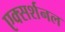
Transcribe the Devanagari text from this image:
एक्सर्शनल